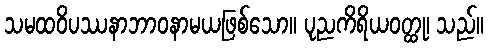
သမထဝိပဿနာဘာဝနာမယဖြစ်သော။ ပုညကိရိယဝတ္ထု၊ သည်။